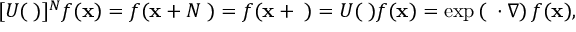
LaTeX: [ U ( \mathbf { \epsilon } ) ] ^ { N } f ( \mathbf { x } ) = f ( \mathbf { x } + N \mathbf { \epsilon } ) = f ( \mathbf { x } + \mathbf { \lambda } ) = U ( \mathbf { \lambda } ) f ( \mathbf { x } ) = \exp \left( \mathbf { \lambda } \cdot \nabla \right) f ( \mathbf { x } ) ,